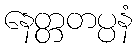
နေတ္တတပ္ပနံ